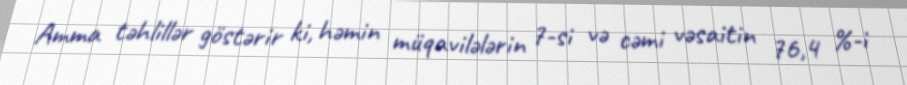
Amma təhlillər göstərir ki, həmin müqavilələrin 7-si və cəmi vəsaitin 76,4 %-i